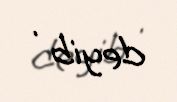
deyib .